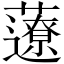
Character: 𧂏